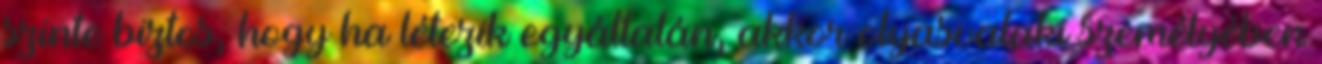
szinte biztos, hogy ha létezik egyáltalán, akkor olyasvalaki személyében